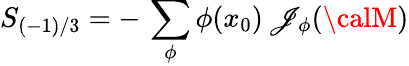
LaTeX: S_{(-1)/3}=-\, \sum_{\phi}\phi(x_{0})\, \mathscr{J}_{\phi}({\calM})